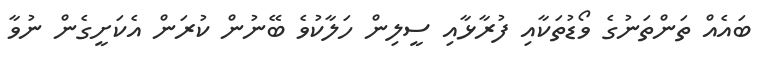
ބައެއް ތަންތަނުގެ ވޯޑުތަކާއި ފުރާޅާއި ސީލިން ހަލާކުވެ ބޭނުން ކުރަން އެކަށީގެން ނުވާ